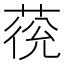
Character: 𱽹